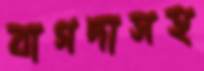
বাগদাসহ